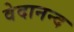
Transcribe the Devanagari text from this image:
वेदानन्द